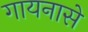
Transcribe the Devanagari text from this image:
गायनासे